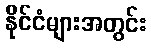
နိုင်ငံများအတွင်း